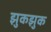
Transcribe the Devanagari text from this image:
झुकझुक